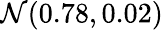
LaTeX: \mathcal{N}(0.78,0.02)